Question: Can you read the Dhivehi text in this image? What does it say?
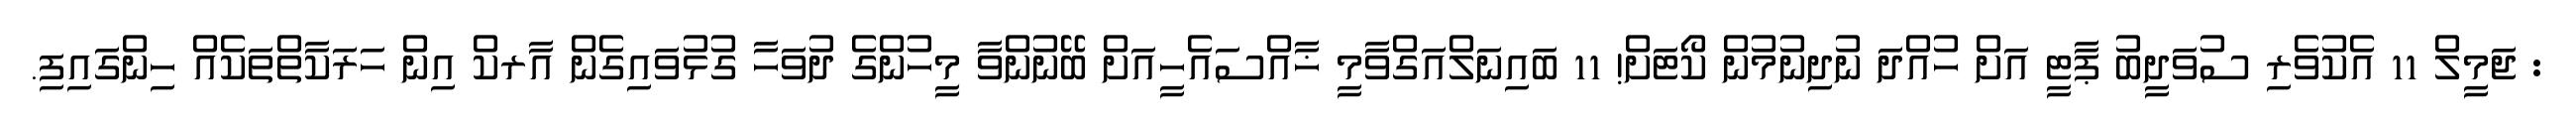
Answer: : ޖަމީލް 11 އެކުވެރި ސުވަދީބު ޕާޓީ އަށް ހުއްދަ ނުދިނުމުން ކޯޓަށް! 11 ބައިނަލްއަގްވާމީ ޚާއްސައެހީއަށް ބޭނުންވާ މީހުންގެ ދުވަހާ ގުޅުވައިގެން އާރކް އިން ހަރަކާތްތަކެއް ހިންގައިފި.